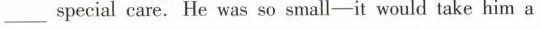
___special care. He was so small-it would take him a